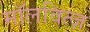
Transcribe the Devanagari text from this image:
मॉलवित्ज़